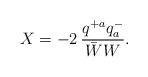
LaTeX: \begin{align*}X= -2\, \frac{q^{+a}q^{-}_a}{\bar W W} .\end{align*}